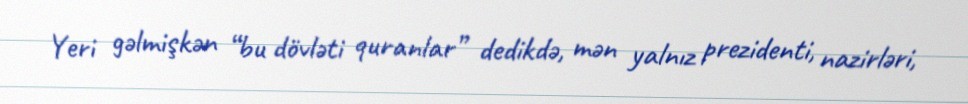
Yeri gəlmişkən “bu dövləti quranlar” dedikdə, mən yalnız prezidenti, nazirləri,